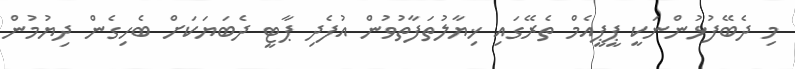
މި ދެބޭފުޅުންނަކީ ޕީޕީއެމް ތެރޭގައި ޚިޔާލުތަފާތުވުން އުފެދި ޕާޓީ ދެބަޔަކަށް ބެހިގެން ދިޔުމުން